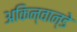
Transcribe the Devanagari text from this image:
अकिन्वान्डे